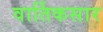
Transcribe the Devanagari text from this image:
वार्तिकसार